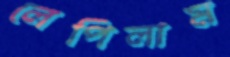
লেপিলাম